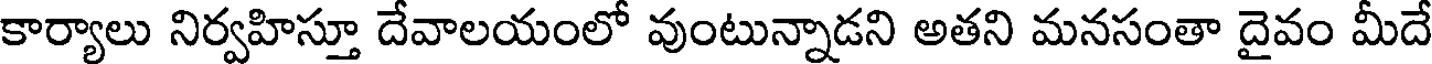
కార్యాలు నిర్వహిస్తూ దేవాలయంలో వుంటున్నాడని అతని మనసంతా దైవం మీదే